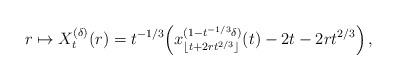
LaTeX: \begin{align*}r\mapsto X^{(\delta)}_t(r) = t^{-1/3}\Big(x^{(1-t^{-1/3}\delta)}_{\lfloor t+2rt^{2/3}\rfloor}(t)-2t-2rt^{2/3}\Big)\,,\end{align*}